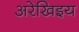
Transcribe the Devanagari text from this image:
अरेखिइय